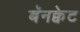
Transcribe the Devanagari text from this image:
बॅनक्वेट